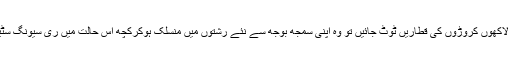
ٹکراجائیں تو لاکھوں کروڑوں ٹکراتے ہی دم توڑدیں اورباقی کے لاکھوں کروڑوں کی قطاریں ٹوٹ جائیں تو وہ اپنی سمجھ بوجھ سے نئے رشتوں میں منسلک ہوکرکچھ اس حالت میں ری سیونگ سٹیشنوں پر پہنچیں ” بیٹے نے ماں کو جنم دیا ہے سٹاپ مبارک یاد !